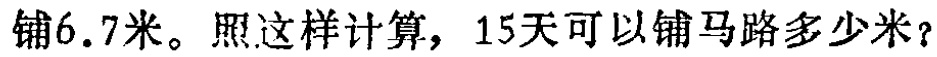
铺6.7米。照这样计算，15天可以铺马路多少米？